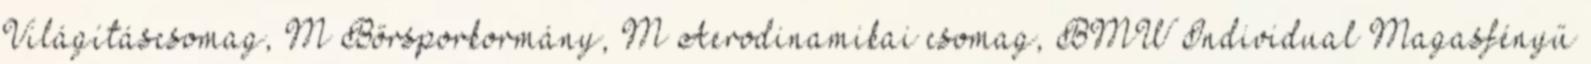
Világításcsomag, M Bőrsporkormány, M Aerodinamikai csomag, BMW Individual Magasfényű